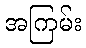
အကြမ်း